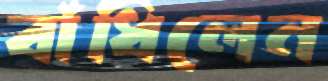
বাঁধিলেন